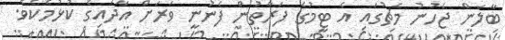
ބާލަން ޖެހުނު މެޗުގައި އެ ޓީމުގެ ފަރާތުން ފެނުނީ ވަރަށް އާދައިގެ ކުޅުމެކެވެ.